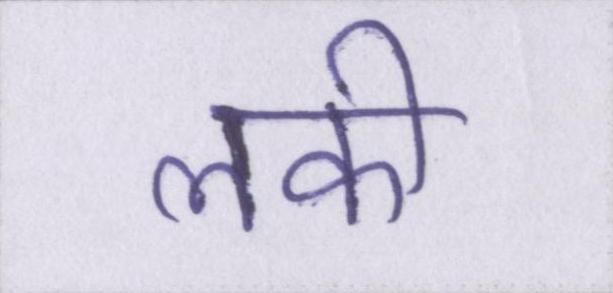
लकी